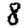
Digit: 8